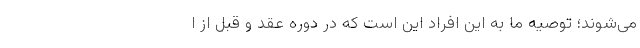
می‌‌شوند؛ توصیه ما به این افراد این است که در دوره عقد و قبل از ا